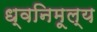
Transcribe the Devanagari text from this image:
ध्वनिमूल्य